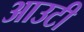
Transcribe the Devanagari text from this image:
आउटी